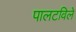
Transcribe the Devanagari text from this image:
पालटविले